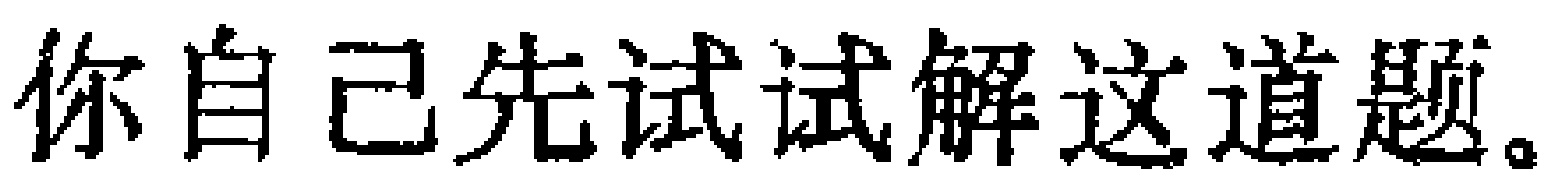
你自己先试试解这道题。